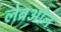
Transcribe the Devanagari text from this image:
लेब्रओन